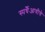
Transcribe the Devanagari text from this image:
स्पर्धैआधीचे